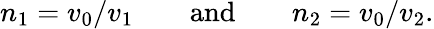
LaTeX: n_{1}=v_{0}/v_{1}\qquad\mathrm{and}\qquad n_{2}=v_{0}/v_{2}.